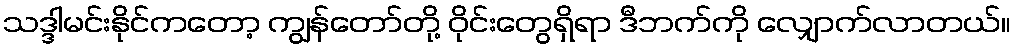
သဒ္ဒါမင်းနိုင်ကတော့ ကျွန်တော်တို့ ဝိုင်းတွေရှိရာ ဒီဘက်ကို လျှောက်လာတယ်။